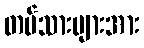
တပ်သားများအား